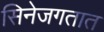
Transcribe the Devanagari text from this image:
सिनेजगतात